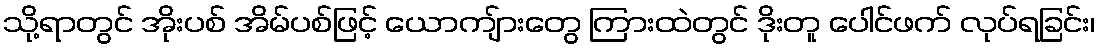
သို့ရာတွင် အိုးပစ် အိမ်ပစ်ဖြင့် ယောကျ်ားတွေ ကြားထဲတွင် ဒိုးတူ ပေါင်ဖက် လုပ်ရခြင်း၊